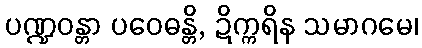
ပဏ္ဍဝန္တာ ပဝေဓန္တိ, ဍိက္ကရိန သမာဂမေ၊